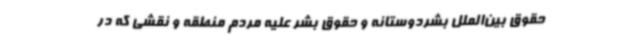
حقوق بین‌الملل بشردوستانه و حقوق بشر علیه مردم منطقه و نقشی که در